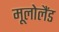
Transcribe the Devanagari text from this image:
मूलोलैंड